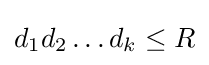
d_{1}d_{2}\dots d_{k}\leq R